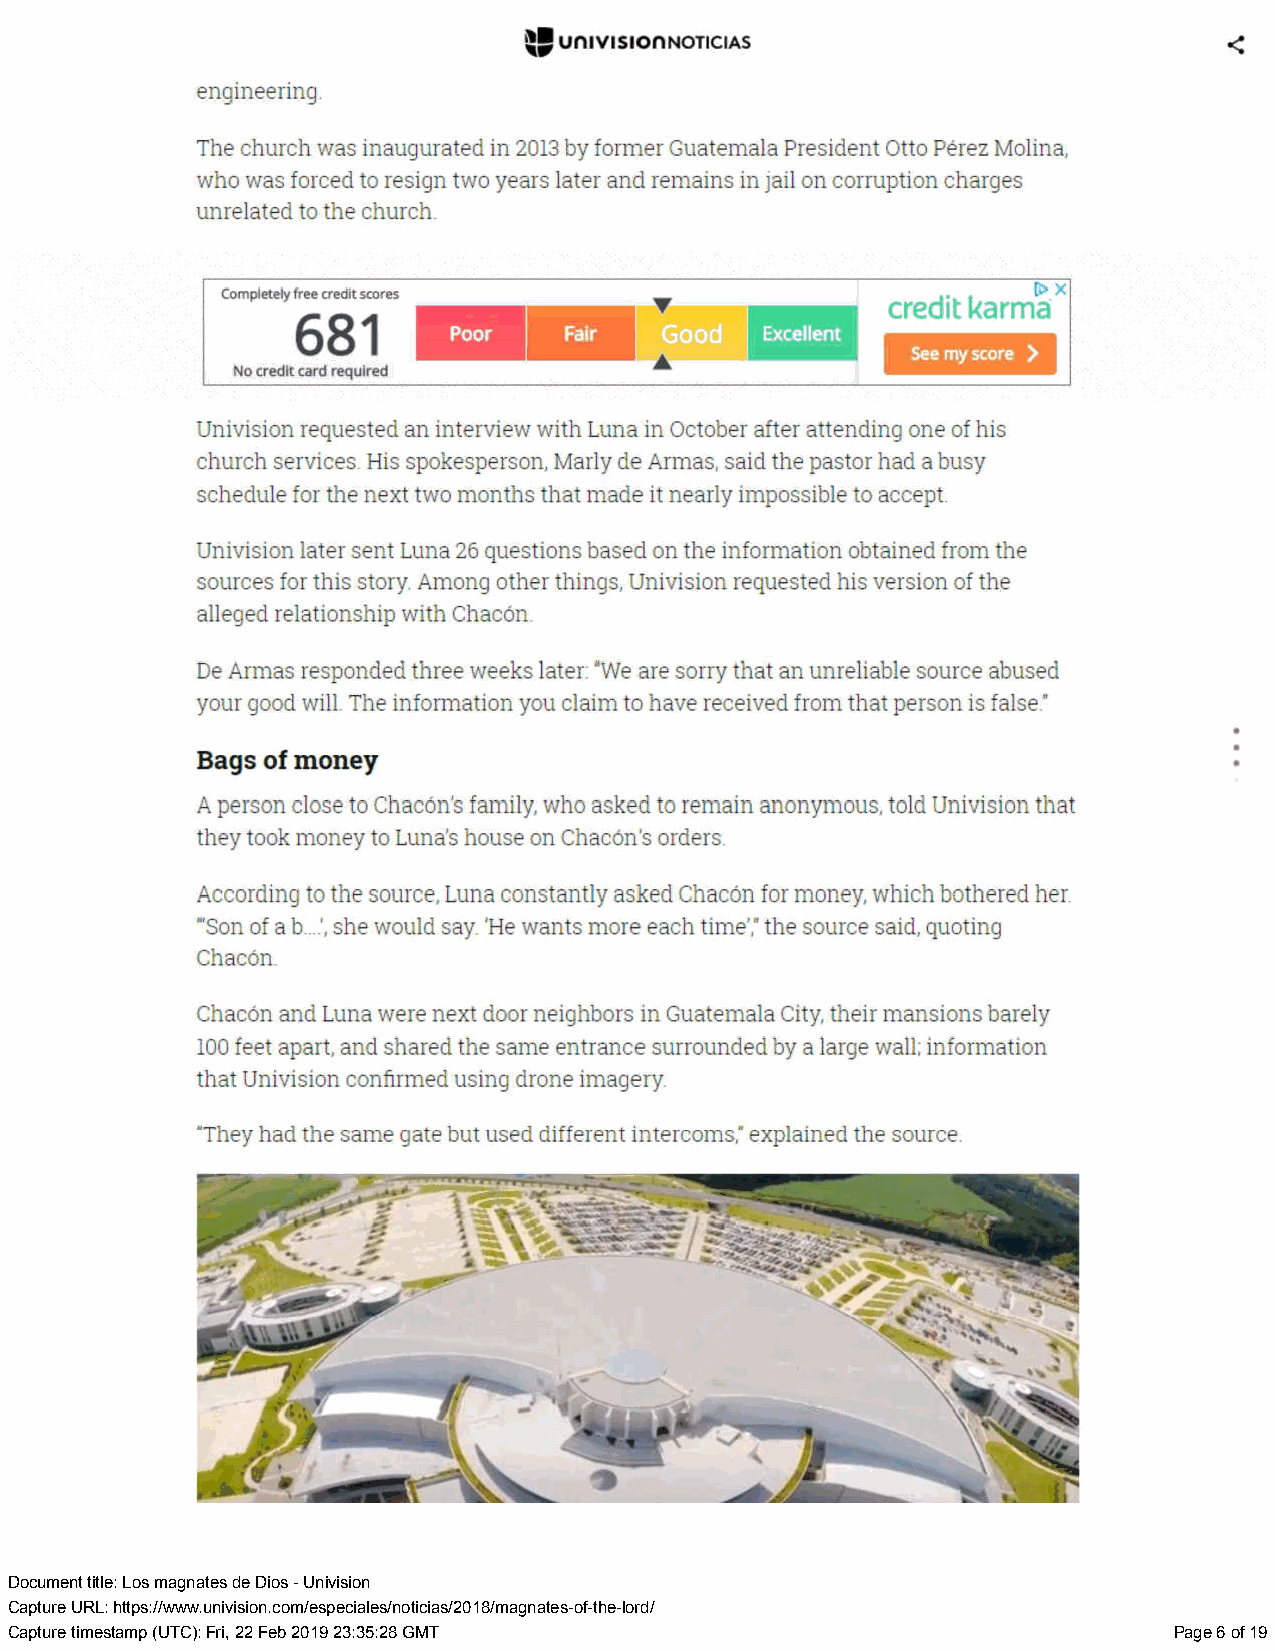
Document title: Los magnates de Dios - Univision
 Capture URL: https://www.univision.com/especiales/noticias/2018/magnates-of-the-lord/
 Capture timestamp (UTC): Fri, 22 Feb 2019 23:35:28 GMT                        Page 6 of 19